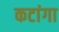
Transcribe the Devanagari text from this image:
कटांगा